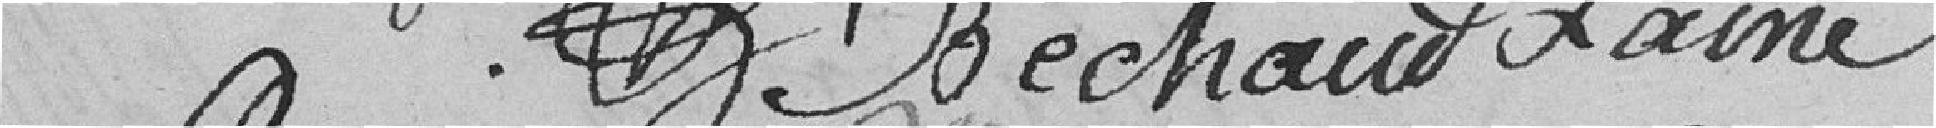
??       Bechaud                 Lainé